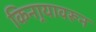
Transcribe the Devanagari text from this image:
किनार्‍यावरून